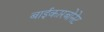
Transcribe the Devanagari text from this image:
बाईकारबोनेट